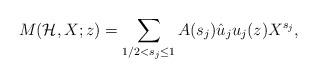
LaTeX: \begin{align*}M(\mathcal{H}, X; z) = \sum_{1/2 < s_j \leq 1} A(s_j) \hat{u}_j u_j(z) X^{s_j},\end{align*}